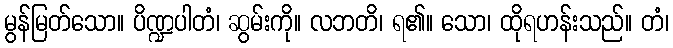
မွန်မြတ်သော။ ပိဏ္ဍပါတံ၊ ဆွမ်းကို။ လဘတိ၊ ရ၏။ သော၊ ထိုရဟန်းသည်။ တံ၊